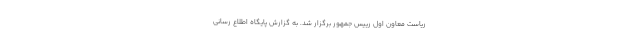
ریاست معاون اول رییس جمهور برگزار شد. به گزارش پایگاه اطلاع رسانی